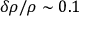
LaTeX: \delta \rho / \rho \sim 0 . 1